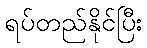
ရပ်တည်နိုင်ပြီး